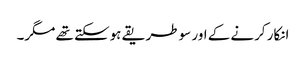
انکار کرنے کے اور سو طریقے ہوسکتے تھے مگر۔